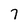
Character: 7